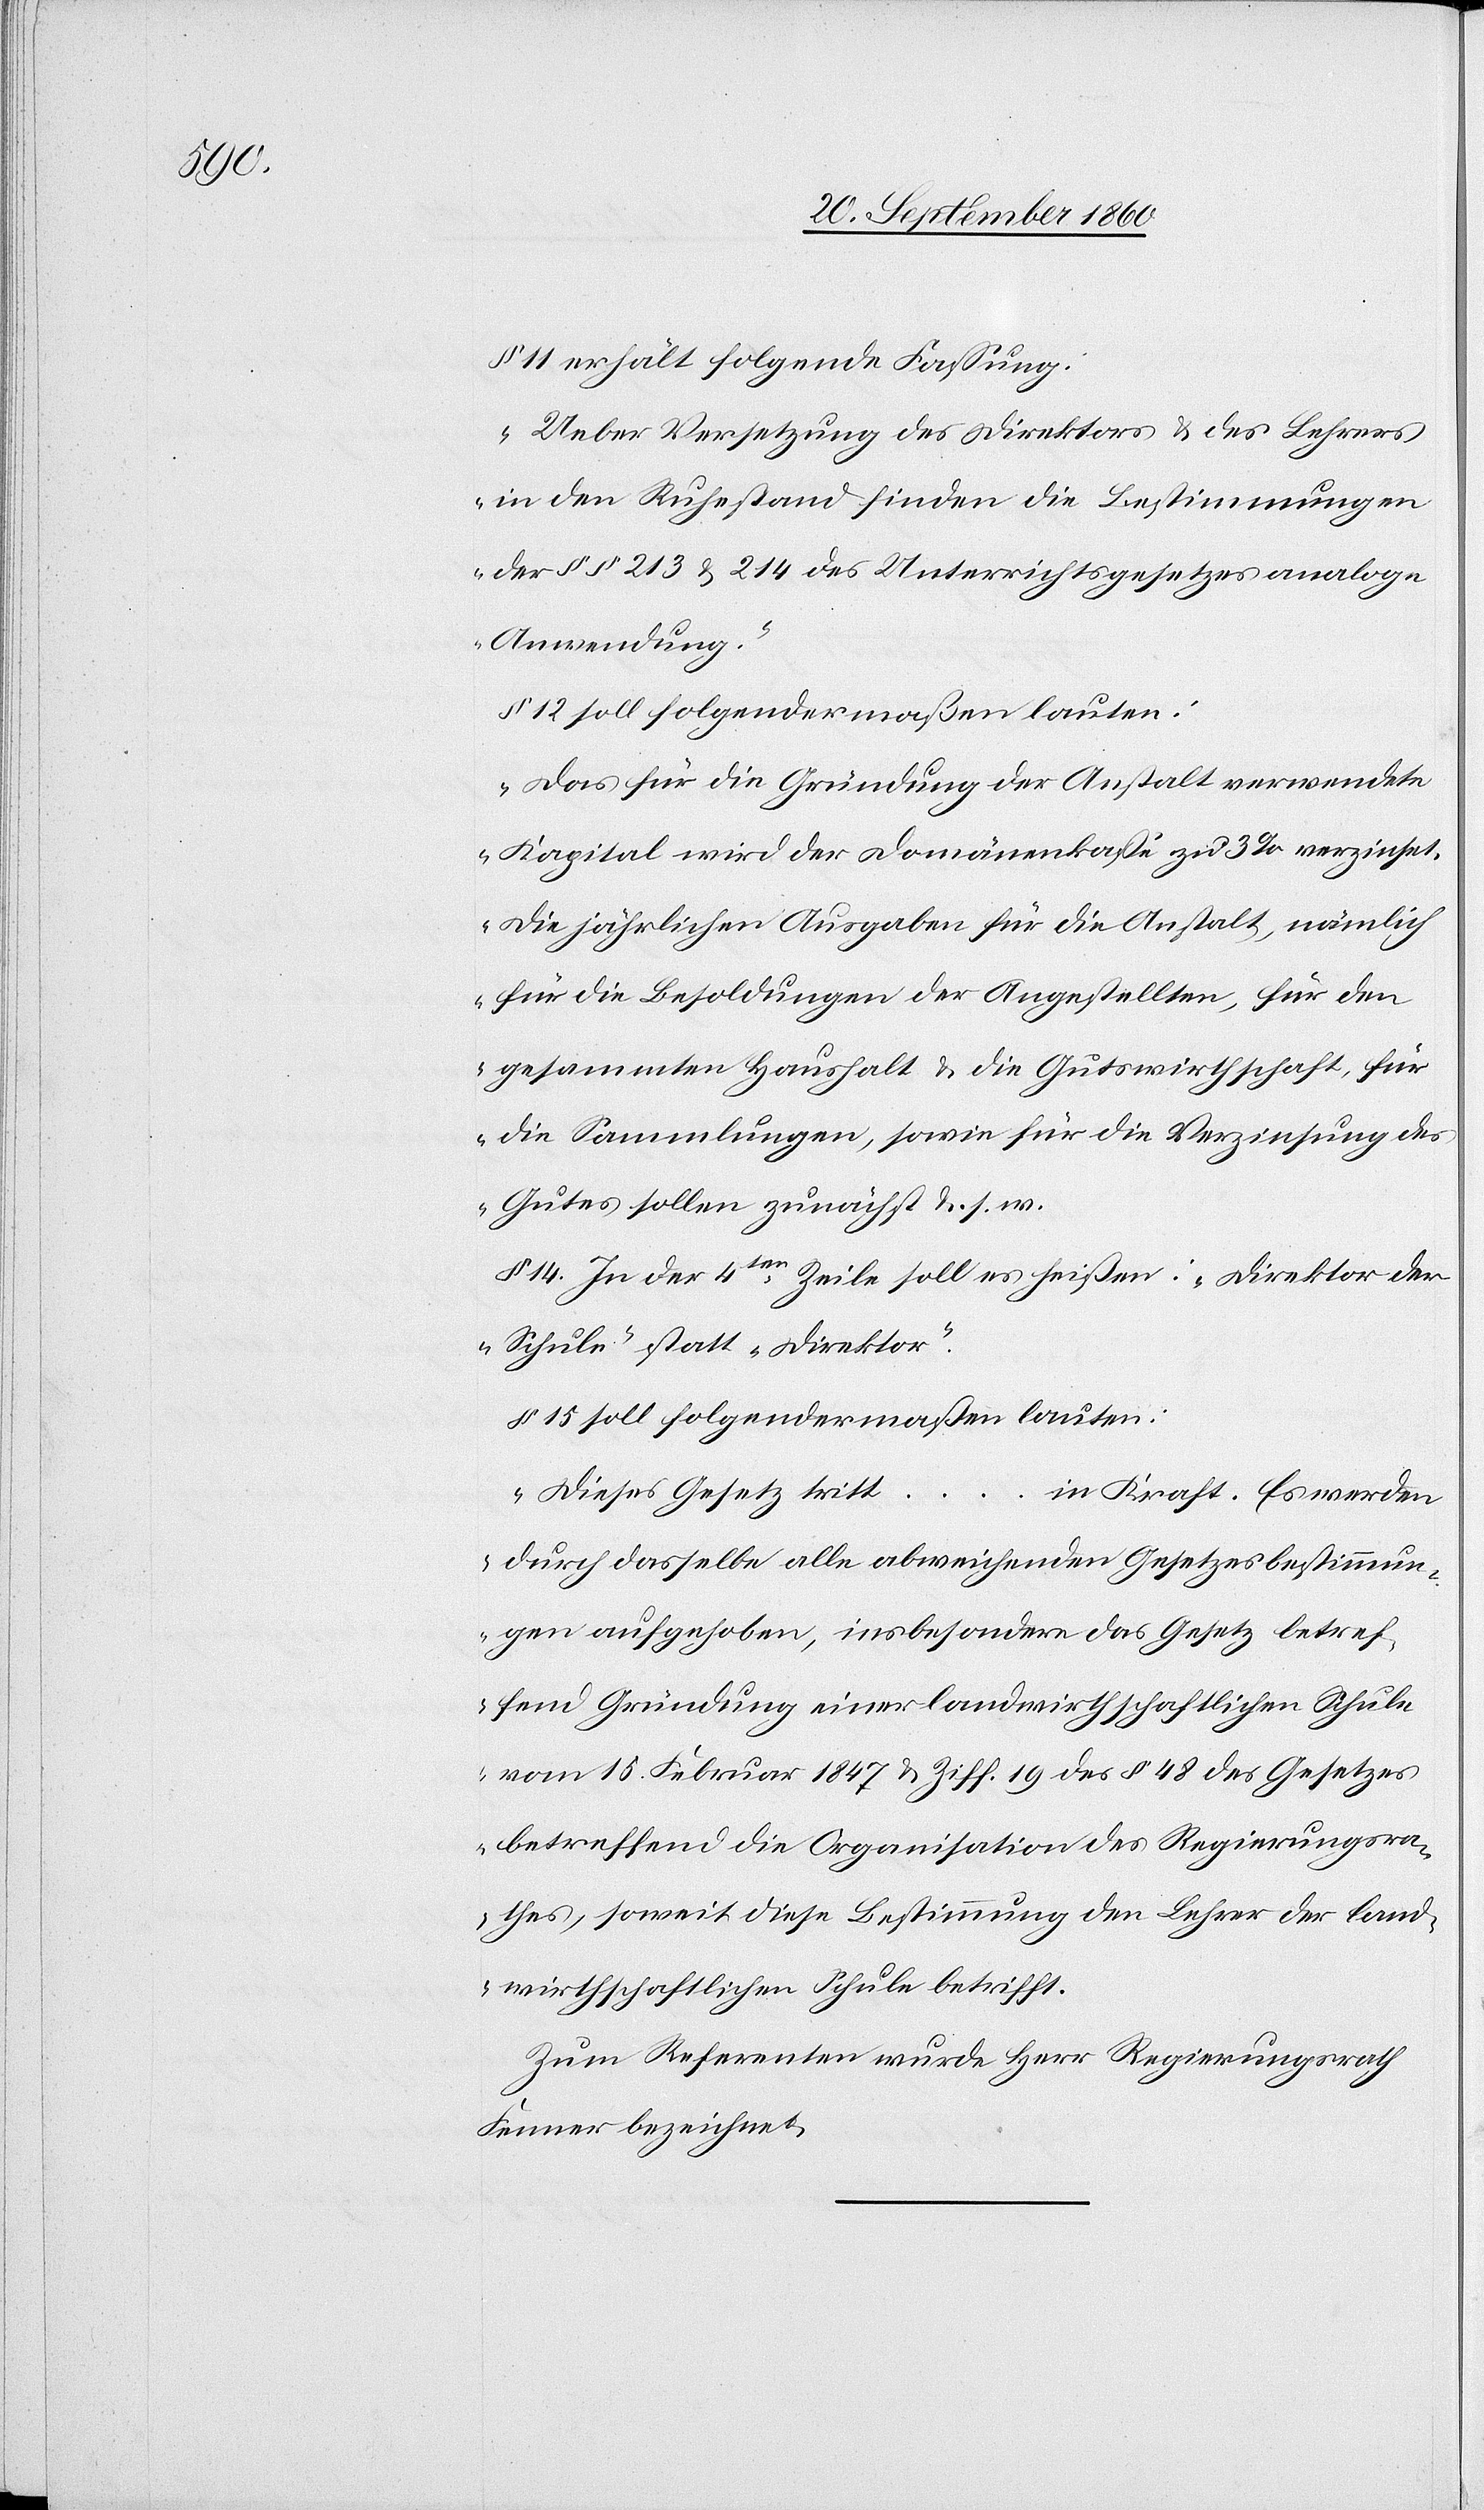
§. 11 erhält folgende Fassung:
„Ueber Versetzung des Direktors & des Lehrers
in den Ruhestand finden die Bestimmungen
der §§ 213 & 214 des Unterrichtsgesetzes analoge
Anwendung.“
§ 15 soll folgendermaßen lauten:
„Das für die Gründung der Anstalt verwendete
Kapital wird der Domänenkasse zu 3% verzinset.
Die jährlichen Ausgaben für die Anstalt, nämlich
für die Besoldungen der Angestellten, für den
gesammten Haushalt & die Gutswirthschaft, für
die Sammlungen, sowie für die Verzinsung des
Gutes sollen zunächst u. s. w.[“]
§ 14 In der 4ten Zeile soll es heißen: „Direktor der
Schule“ statt „Direktor“.
„Dieses Gesetz tritt …
in Kraft. Es werden
durch dasselbe alle abweichenden Gesetzesbestimmun¬
gen aufgehoben, insbesondere das Gesetz betref¬
fend Gründung einer landwirthschaftlichen Schule
vom 15. Februar 1847 & Ziff. 19 des § 48 des Gesetzes
betreffend die Organisation des Regierungsra¬
thes, soweit diese Bestimmung den Lehrer der land¬
wirthschaftlichen Schule betrifft.[“]
Zum Referenten wurde Herr Regierungsrath
Fenner bezeichnet.